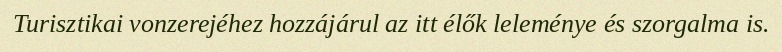
Turisztikai vonzerejéhez hozzájárul az itt élők leleménye és szorgalma is.